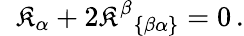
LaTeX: \; \; \mathfrak{K}_{\alpha}+2\mathfrak{K}^{\beta}{}_{\left\{ \beta\alpha\right\} }=0\, .